Language: tamil
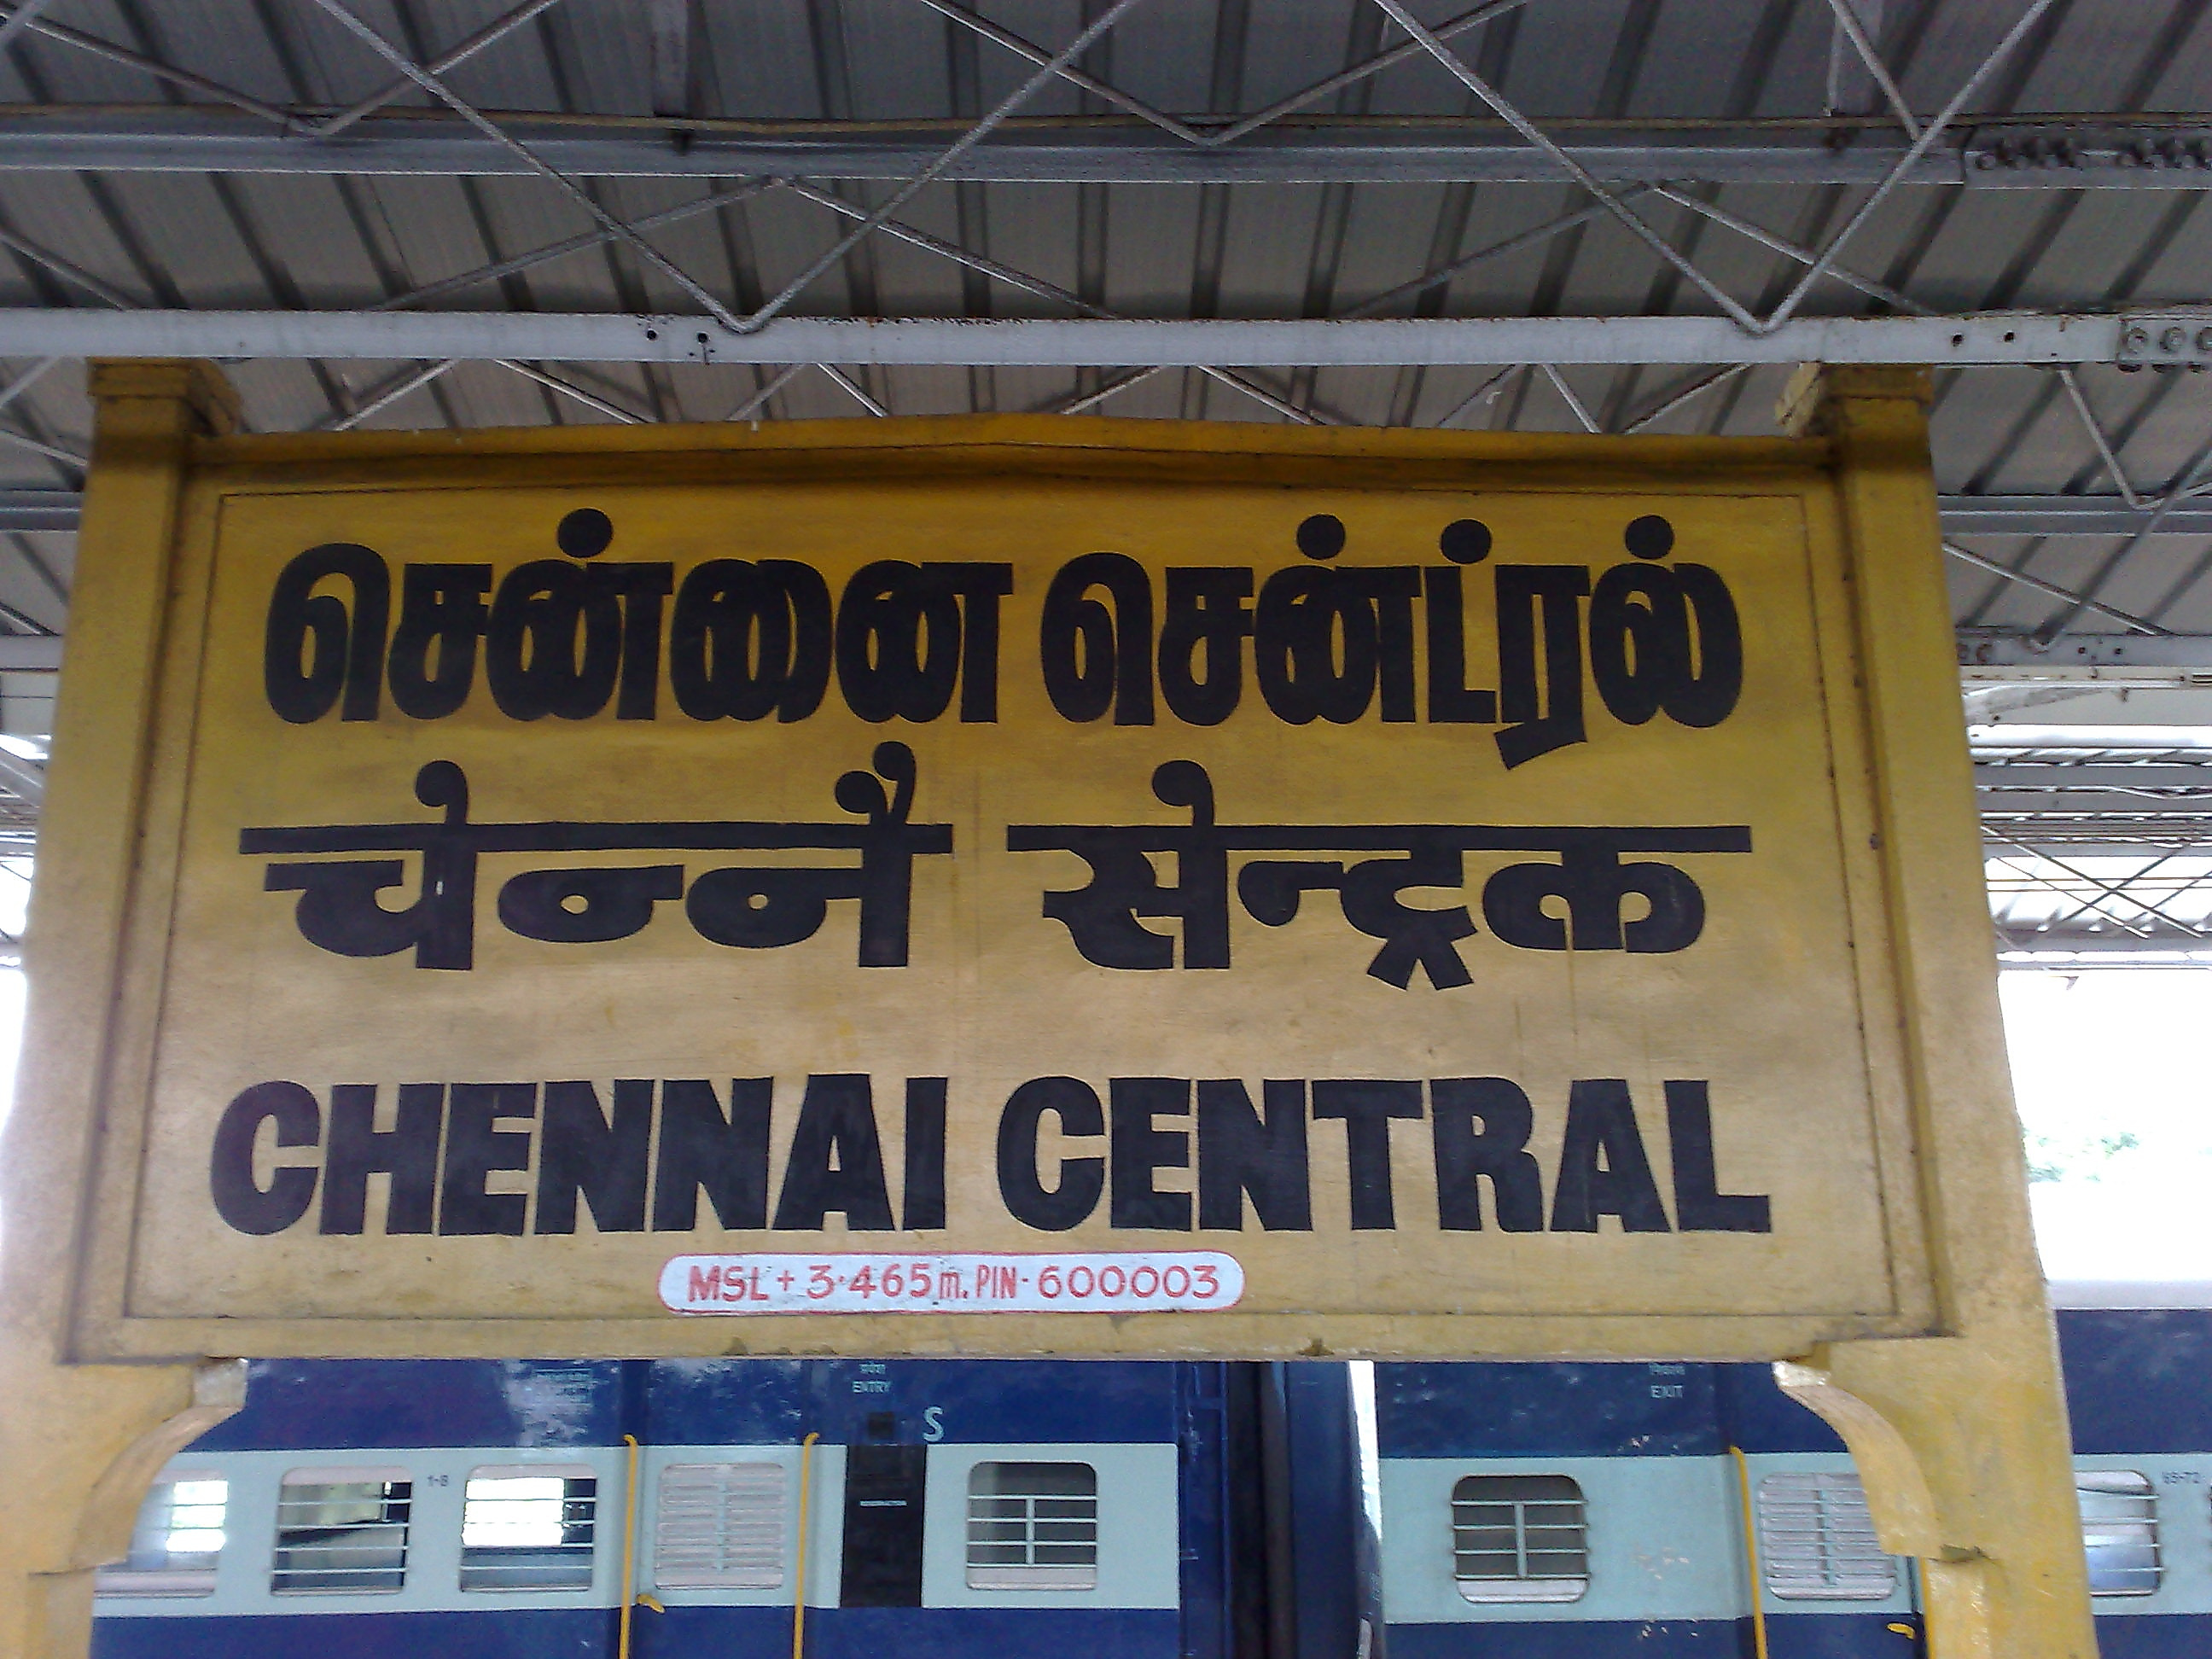
Transcription: சென்ட்ரல் சென்னை